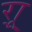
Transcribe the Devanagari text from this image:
र्‍ाू